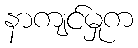
နာကျင်မှုက